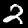
Label: 2